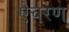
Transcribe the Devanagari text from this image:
ऐचरण